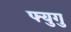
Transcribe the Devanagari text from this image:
फ्युगु